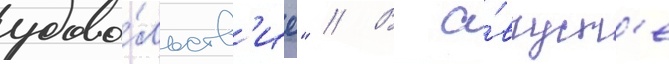
удово́льств'ие" // В а́вгуст'е